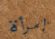
إمرأة